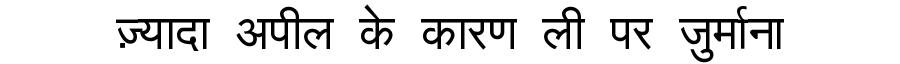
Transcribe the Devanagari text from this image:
ज़्यादा अपील के कारण ली पर जुर्माना